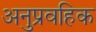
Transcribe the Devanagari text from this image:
अनुप्रवहिक